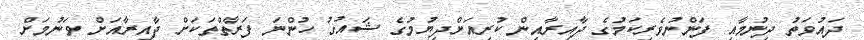
ދައުވަތު ދިނުމާއި ފަންނުވެރިކަމުގެ ދާއިރާއިން ކުރިއަށްދިޔުމުގެ ޝައުގު ހުންނަ ފަރާތްތަކަށް ދާއިރާއަށް ވަނުމަށް